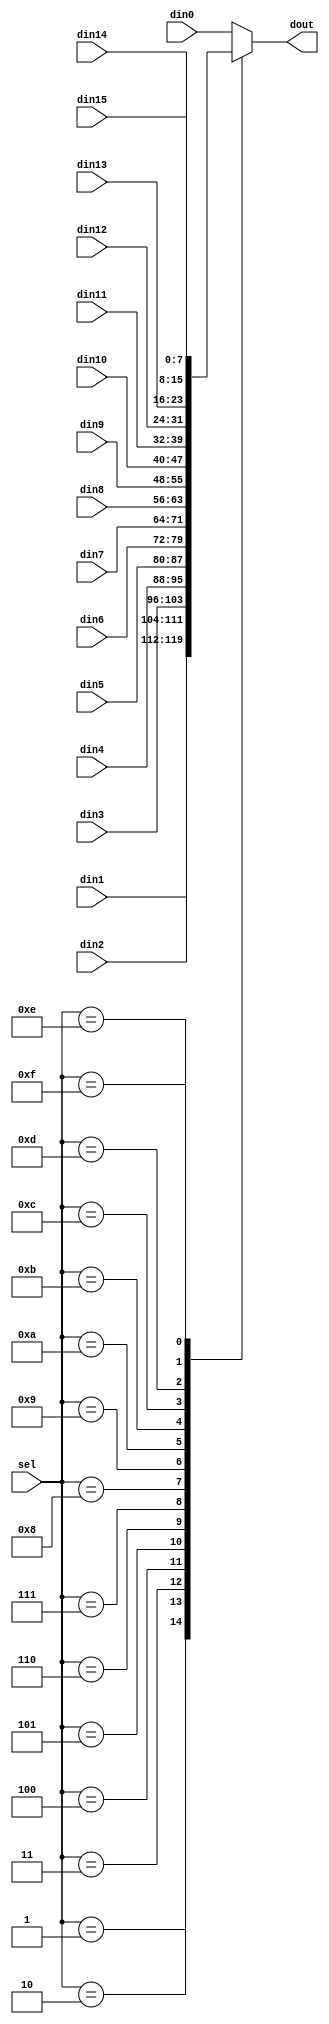
module mux_16to1(
	din0,
	din1,
	din2,
	din3,
	din4,
	din5,
	din6,
	din7,
	din8,
	din9,
	din10,
	din11,
	din12,
	din13,
	din14,
	din15,
	sel,
	dout
);

parameter N = 8;

input 	[N-1:0]		din0;
input 	[N-1:0]		din1;
input 	[N-1:0]		din2;
input 	[N-1:0]		din3;
input 	[N-1:0]		din4;
input 	[N-1:0]		din5;
input 	[N-1:0]		din6;
input 	[N-1:0]		din7;
input 	[N-1:0]		din8;
input 	[N-1:0]		din9;
input 	[N-1:0]		din10;
input 	[N-1:0]		din11;
input 	[N-1:0]		din12;
input 	[N-1:0]		din13;
input 	[N-1:0]		din14;
input 	[N-1:0]		din15;
input	[4:0]		sel;
output	[N-1:0]		dout;

reg		[N-1:0]		reg_dout;

always @(*)
	begin
		case(sel)
			5'd0:	reg_dout = din0;
			5'd1:	reg_dout = din1;
			5'd2: 	reg_dout = din2;
			5'd3: 	reg_dout = din3;
			5'd4: 	reg_dout = din4;
			5'd5: 	reg_dout = din5;
			5'd6: 	reg_dout = din6;
			5'd7: 	reg_dout = din7;
			5'd8:	reg_dout = din8;
			5'd9:	reg_dout = din9;
			5'd10: 	reg_dout = din10;
			5'd11: 	reg_dout = din11;
			5'd12: 	reg_dout = din12;
			5'd13: 	reg_dout = din13;
			5'd14: 	reg_dout = din14;
			5'd15: 	reg_dout = din15;
			default: 	reg_dout = din0;
		endcase
	end


assign dout = reg_dout;

endmodule